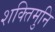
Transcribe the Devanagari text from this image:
शक्तिमुनि